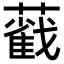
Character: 𦿐